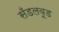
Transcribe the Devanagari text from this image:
सँडलवूड